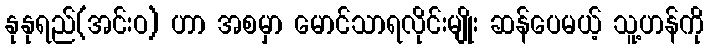
နုနုရည်(အင်းဝ) ဟာ အစမှာ မောင်သာရလိုင်းမျိုး ဆန်ပေမယ့် သူ့ဟန်ကို